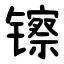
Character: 镲